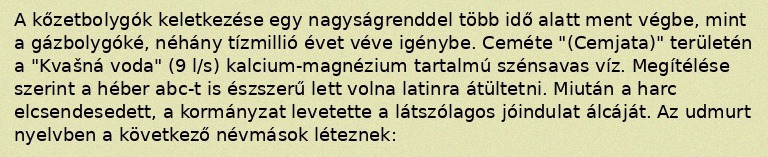
A kőzetbolygók keletkezése egy nagyságrenddel több idő alatt ment végbe, mint a gázbolygóké, néhány tízmillió évet véve igénybe. Ceméte "(Cemjata)" területén a "Kvašná voda" (9 l/s) kalcium-magnézium tartalmú szénsavas víz. Megítélése szerint a héber abc-t is észszerű lett volna latinra átültetni. Miután a harc elcsendesedett, a kormányzat levetette a látszólagos jóindulat álcáját. Az udmurt nyelvben a következő névmások léteznek: